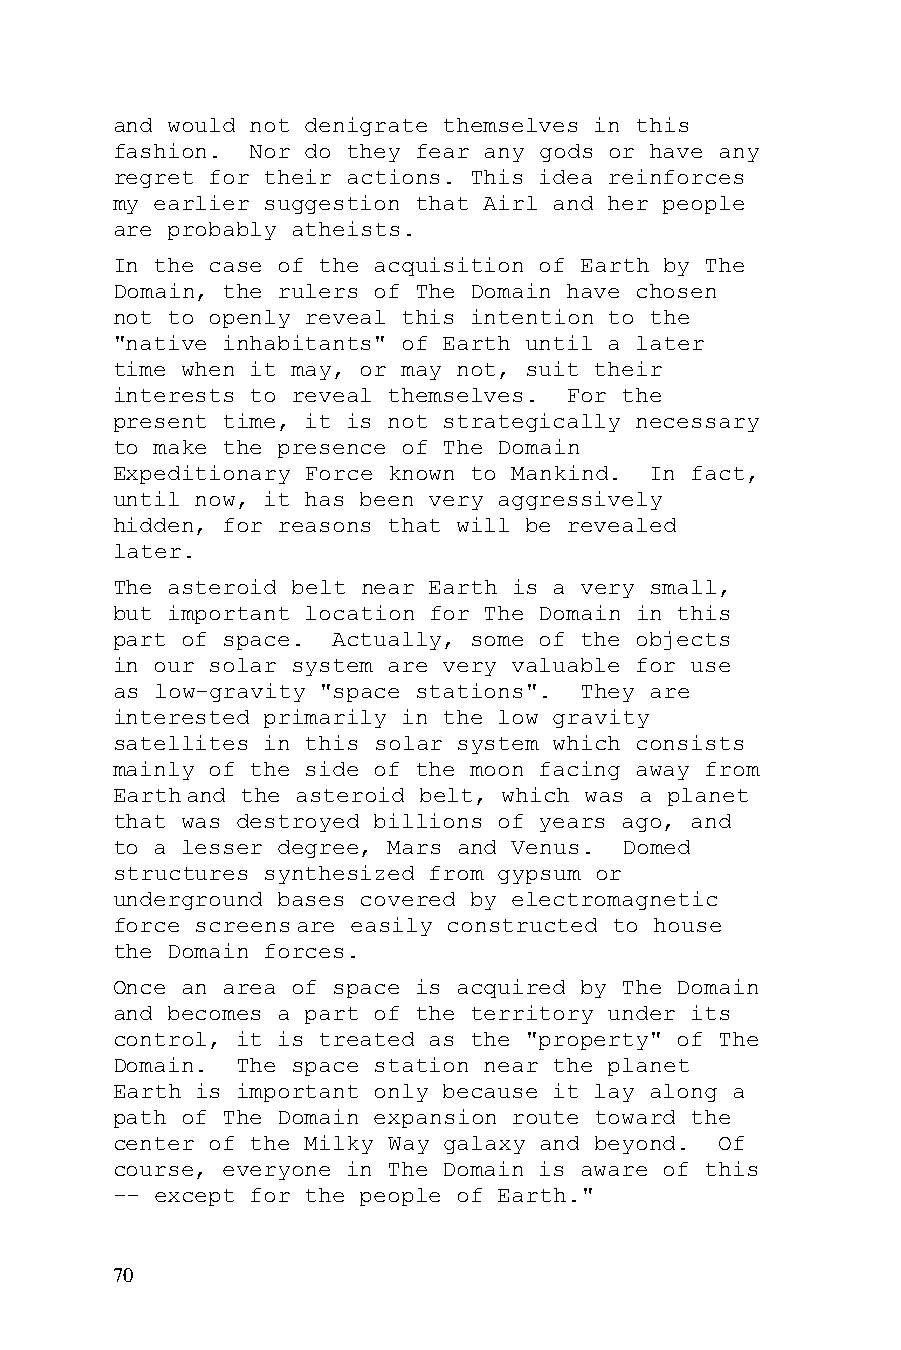
and would not denigrate themselves in this
 fashion.  Nor do they fear any gods or have any
 regret for their actions. This idea reinforces
 my earlier suggestion that Airl and her people
 are probably atheists.
 In the case of the acquisition of Earth by The
 Domain, the rulers of The Domain have chosen
 not to openly reveal this intention to the
 "native inhabitants" of Earth until a later
 time when it may, or may not, suit their
 interests to reveal themselves. For the
 present time, it is not strategically necessary
 to make the presence of The Domain
 Expeditionary Force known to Mankind. In fact,
 until now, it has been very aggressively
 hidden, for reasons that will be revealed
 later.
 The asteroid belt near Earth is a very small,
 but important location for The Domain in this
 part of space. Actually, some of the objects
 in our solar system are very valuable for use
 as low-gravity "space stations". They are
 interested primarily in the low gravity
 satellites in this solar system which consists
 mainly of the side of the moon facing away from
 Earth and the asteroid belt, which was a planet
 that was destroyed billions of years ago, and
 to a lesser degree, Mars and Venus. Domed
 structures synthesized from gypsum or
 underground bases covered by electromagnetic
 force screens are easily constructed to house
 the Domain forces.
 Once an area of space is acquired by The Domain
 and becomes a part of the territory under its
 control, it is treated as the "property" of The
 Domain.  The space station near the planet
 Earth is important only because it lay along a
 path of The Domain expansion route toward the
 center of the Milky Way galaxy and beyond. Of
 course, everyone in The Domain is aware of this
 -- except for the people of Earth."
 70